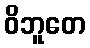
ဝိဘူတေ